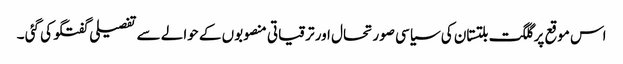
اس موقع پر گلگت بلتستان کی سیاسی صورتحال اور ترقیاتی منصوبوں کے حوالے سے تفصیلی گفتگو کی گئی ۔